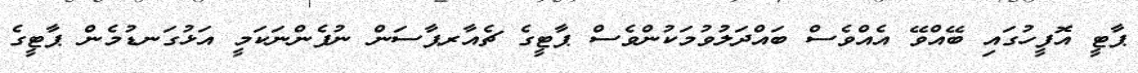
ޕާޓީ އޮފީހުގައި ބޭއްވޭ އެއްވެސް ބައްދަލުވުމަކުންވެސް ޕާޓީގެ ޗެއާރޕާސަން ނުފެންނަކަމީ އަޅުގަނޑުމެން ޕާޓީގެ